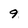
Character: 9